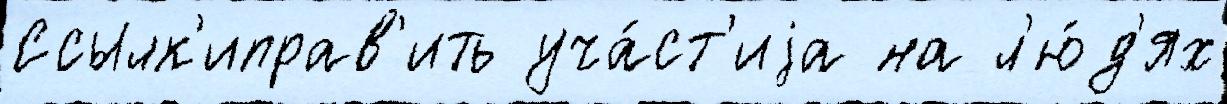
Ссылк'иправ'ить уча́ст'иjа на л'ю́д'ях